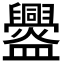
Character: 𥃘